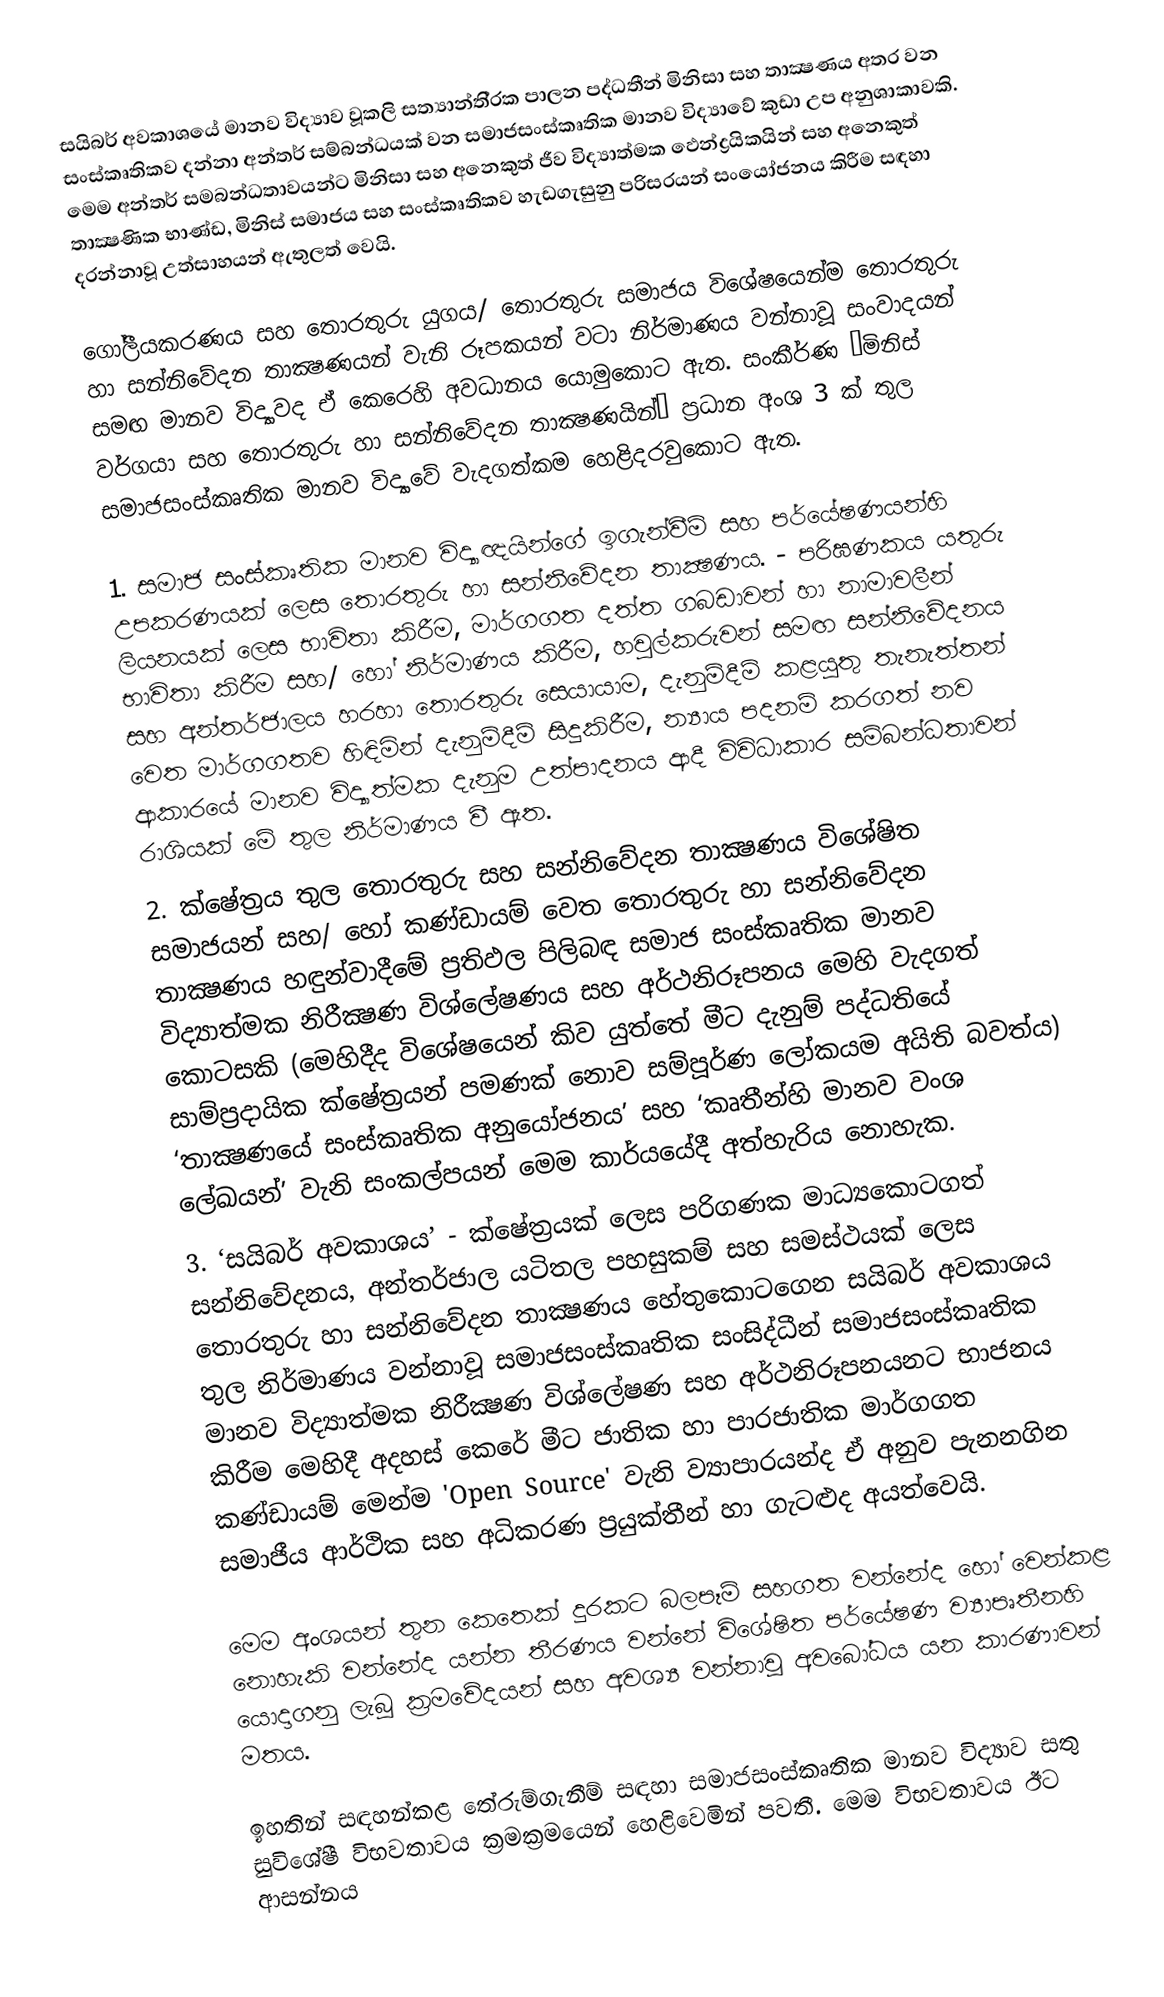
සයිබර් අවකාශයේ මානව විද්‍යාව වූකලි සත්‍යාන්ති‍්‍රක පාලන පද්ධතීන් මිනිසා සහ තාක්‍ෂණය අතර වන සංස්කෘතිකව දන්නා අන්තර් සම්බන්ධයක් වන සමාජසංස්කෘතික මානව විද්‍යාවේ කුඩා උප අනුශාකාවකි. මෙම අන්තර් සමබන්ධතාවයන්ට මිනිසා සහ අනෙකුත් ජීව විද්‍යාත්මක ඵෙන්ද්‍රයිකයින් සහ අනෙකුත් තාක්‍ෂණික භාණ්ඩ, මිනිස් සමාජය සහ සංස්කෘතිකව හැඩගැසුනු පරිසරයන් සංයෝජනය කිරීම සඳහා දරන්නාවූ උත්සාහයන් ඇතුලත් වෙයි.

ගෝලීයකරණය සහ තොරතුරු යුගය/ තොරතුරු සමාජය විශේෂයෙන්ම තොරතුරු හා සන්නිවේදන තාක්‍ෂණයන් වැනි රූපකයන් වටා නිර්මාණය වන්නාවූ සංවාදයන් සමඟ මානව විද්‍යාවද ඒ කෙරෙහි අවධානය යොමුකොට ඇත. සංකීර්ණ ‘මිනිස් වර්ගයා සහ තොරතුරු හා සන්නිවේදන තාක්‍ෂණයින්’ ප‍්‍රධාන අංශ 3 ක් තුල සමාජසංස්කෘතික මානව විද්‍යාවේ වැදගත්කම හෙළිදරවුකොට ඇත.

1. සමාජ සංස්කෘතික මානව විද්‍යාඥයින්ගේ ඉගැන්වීම් සහ පර්යේෂණයන්හි උපකරණයක් ලෙස තොරතුරු හා සන්නිවේදන තාක්‍ෂණය. - පරිඝණකය යතුරු ලියනයක් ලෙස භාවිතා කිරීම, මාර්ගගත දත්ත ගබඩාවන් හා නාමාවලීන් භාවිතා කිරීම සහ/ හෝ නිර්මාණය කිරීම, හවුල්කරුවන් සමඟ සන්නිවේදනය සහ අන්තර්ජාලය හරහා තොරතුරු සෙයායාම, දැනුම්දීම් කළයුතු තැනැත්තන් වෙත මාර්ගගතව හිඳිමින් දැනුම්දීම් සිදුකිරීම, න්‍යාය පදනම් කරගත් නව ආකාරයේ මානව විද්‍යාත්මක දැනුම උත්පාදනය ආදී විවිධාකාර සම්බන්ධතාවන් රාශියක් මේ තුල නිර්මාණය වී ඇත.
2. ක්ෂේත‍්‍රය තුල තොරතුරු සහ සන්නිවේදන තාක්‍ෂණය විශේෂිත සමාජයන් සහ/ හෝ කණ්ඩායම් වෙත තොරතුරු හා සන්නිවේදන තාක්‍ෂණය හඳුන්වාදීමේ ප‍්‍රතිඵල පිලිබඳ සමාජ සංස්කෘතික මානව විද්‍යාත්මක නිරීක්‍ෂණ විශ්ලේෂණය සහ අර්ථනිරූපනය මෙහි වැදගත් කොටසකි (මෙහිදීද විශේෂයෙන් කිව යුත්තේ මීට දැනුම් පද්ධතියේ සාම්ප‍්‍රදායික ක්ෂේත‍්‍රයන් පමණක් නොව සම්පූර්ණ ලෝකයම අයිති බවත්ය) ‘තාක්‍ෂණයේ සංස්කෘතික අනුයෝජනය’ සහ ‘කෘතීන්හි මානව වංශ ලේඛයන්’ වැනි සංකල්පයන් මෙම කාර්යයේදී අත්හැරිය නොහැක.
3. ‘සයිබර් අවකාශය’ - ක්ෂේත‍්‍රයක් ලෙස පරිගණක මාධ්‍යකොටගත් සන්නිවේදනය, අන්තර්ජාල යටිතල පහසුකම් සහ සමස්ථයක් ලෙස තොරතුරු හා සන්නිවේදන තාක්‍ෂණය හේතුකොටගෙන සයිබර් අවකාශය තුල නිර්මාණය වන්නාවූ සමාජසංස්කෘතික සංසිද්ධීන් සමාජසංස්කෘතික මානව විද්‍යාත්මක නිරීක්‍ෂණ විශ්ලේෂණ සහ අර්ථනිරූපනයනට භාජනය කිරීම මෙහිදී අදහස් කෙරේ මීට ජාතික හා පාරජාතික මාර්ගගත කණ්ඩායම් මෙන්ම 'Open Source' වැනි ව්‍යාපාරයන්ද ඒ අනුව පැනනගින සමාජීය ආර්ථික සහ අධිකරණ ප‍්‍රයුක්තීන් හා ගැටළුද අයත්වෙයි.

මෙම අංශයන් තුන කෙතෙක් දුරකට බලපෑම් සහගත වන්නේද හෝ වෙන්කළ නොහැකි වන්නේද යන්න තීරණය වන්නේ විශේෂිත පර්යේෂණ ව්‍යාපෘතීනහි යොදාගනු ලැබූ ක‍්‍රමවේදයන් සහ අවශ්‍ය වන්නාවූ අවබෝධය යන කාරණාවන් මතය.

ඉහතින් සඳහන්කළ තේරුම්ගැනීම් සඳහා සමාජසංස්කෘතික මානව විද්‍යාව සතු සුවිශේෂී විභවතාවය ක‍්‍රමක‍්‍රමයෙන් හෙළිවෙමින් පවතී. මෙම විභවතාවය ඊට ආසන්නය